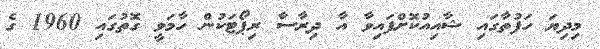
މިދިޔަ ހަފުތާގައި ޝާއިއުކޮށްފައިވާ އާ ދިރާސާ ރިޕޯޓަކުން ހާމަވީ ގޮތުގައި 1960 ގެ